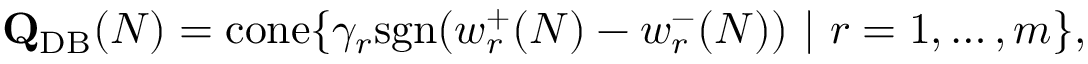
\mathbf { Q } _ { \mathrm { { D B } } } ( N ) = \mathrm { { c o n e } } \{ \gamma _ { r } \mathrm { { s g n } } ( w _ { r } ^ { + } ( N ) - w _ { r } ^ { - } ( N ) ) \ | \ r = 1 , \ldots , m \} ,